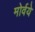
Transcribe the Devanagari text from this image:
मोर्वये